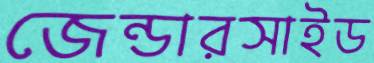
জেন্ডারসাইড